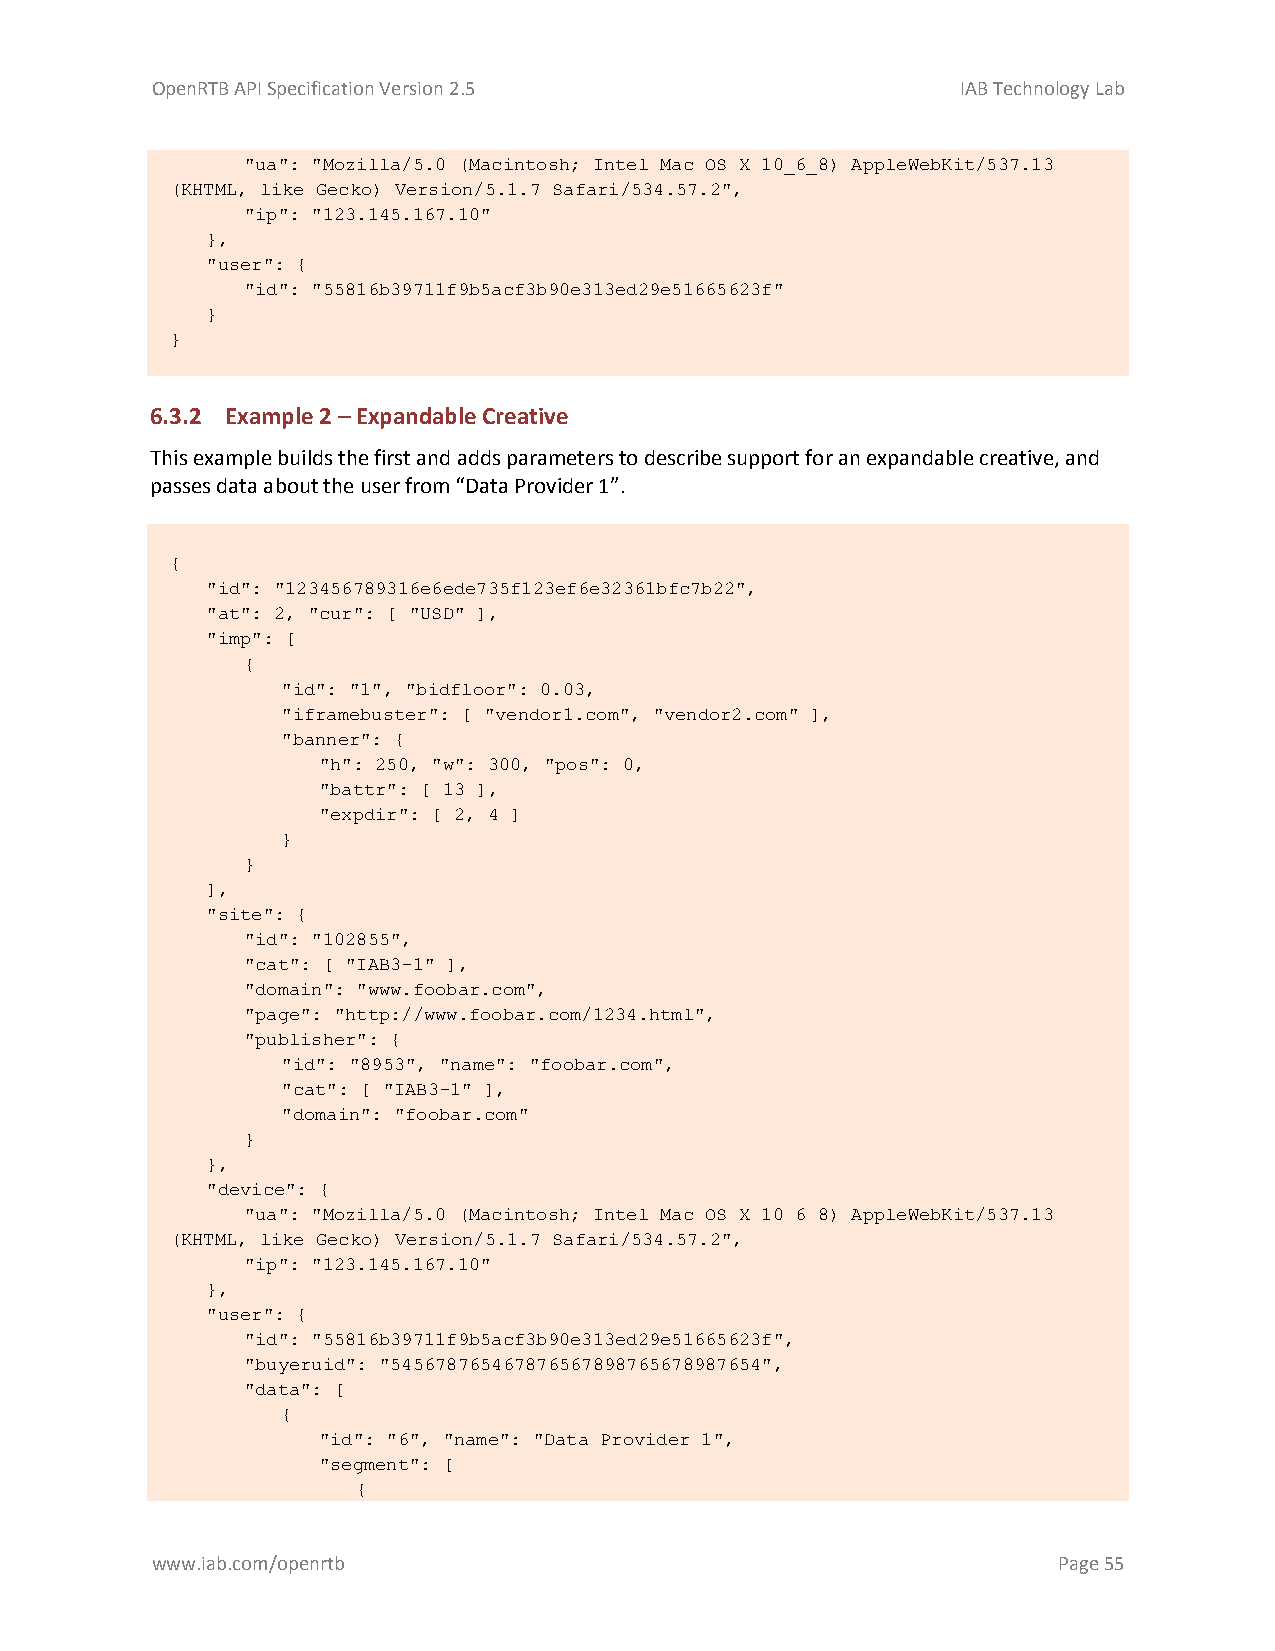
OpenRTB API Specification Version 2.5                 IAB Technology Lab
 "ua": "Mozilla/5.0 (Macintosh; Intel Mac OS X 10_6_8) AppleWebKit/537.13
 (KHTML, like Gecko) Version/5.1.7 Safari/534.57.2",
 "ip": "123.145.167.10"
 },
 "user": {
 "id": "55816b39711f9b5acf3b90e313ed29e51665623f"
 }
 }
 6.3.2 Example 2 – Expandable Creative
 This example builds the first and adds parameters to describe support for an expandable creative, and
 passes data about the user from “Data Provider 1”.
 {
 "id": "123456789316e6ede735f123ef6e32361bfc7b22",
 "at": 2, "cur": [ "USD" ],
 "imp": [
 {
 "id": "1", "bidfloor": 0.03,
 "iframebuster": [ "vendor1.com", "vendor2.com" ],
 "banner": {
 "h": 250, "w": 300, "pos": 0,
 "battr": [ 13 ],
 "expdir": [ 2, 4 ]
 }
 }
 ],
 "site": {
 "id": "102855",
 "cat": [ "IAB3-1" ],
 "domain": "www.foobar.com",
 "page": "http://www.foobar.com/1234.html",
 "publisher": {
 "id": "8953", "name": "foobar.com",
 "cat": [ "IAB3-1" ],
 "domain": "foobar.com"
 }
 },
 "device": {
 "ua": "Mozilla/5.0 (Macintosh; Intel Mac OS X 10_6_8) AppleWebKit/537.13
 (KHTML, like Gecko) Version/5.1.7 Safari/534.57.2",
 "ip": "123.145.167.10"
 },
 "user": {
 "id": "55816b39711f9b5acf3b90e313ed29e51665623f",
 "buyeruid": "545678765467876567898765678987654",
 "data": [
 {
 "id": "6", "name": "Data Provider 1",
 "segment": [
 {
 www.iab.com/openrtb                                         Page 55